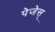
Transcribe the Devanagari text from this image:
पेजेस्